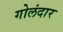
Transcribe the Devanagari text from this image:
गोलंदार